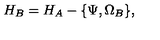
H _ { B } = H _ { A } - \{ \Psi , \Omega _ { B } \} ,